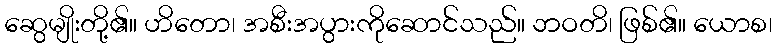
ဆွေမျိုးတို့၏။ ဟိတော၊ အစီးအပွားကိုဆောင်သည်။ ဘဝတိ၊ ဖြစ်၏။ ယောစ၊